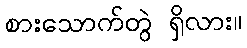
စားသောက်တွဲ ရှိလား။